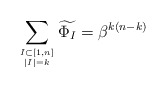
\begin{gather*}\sum_{I \subset [1,n] \atop |I|=k} \widetilde{\Phi_{I}} = \beta^{k(n-k)}\end{gather*}